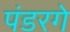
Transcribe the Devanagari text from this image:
पंडरगे